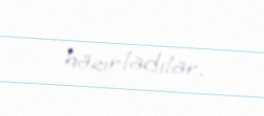
hazırladılar.